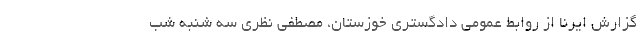
گزارش ایرنا از روابط عمومی دادگستری خوزستان، مصطفی نظری سه شنبه شب